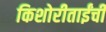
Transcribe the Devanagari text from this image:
किशोरीताईंची